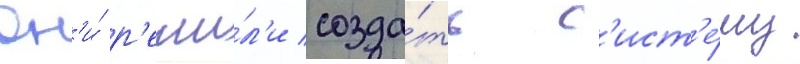
Он'и́ р'еши́л'и созда́ть с'ист'е́му